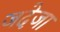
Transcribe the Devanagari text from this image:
जदेजा